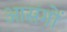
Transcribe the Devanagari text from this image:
आसंगों